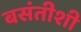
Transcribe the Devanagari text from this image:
बसंतीशी